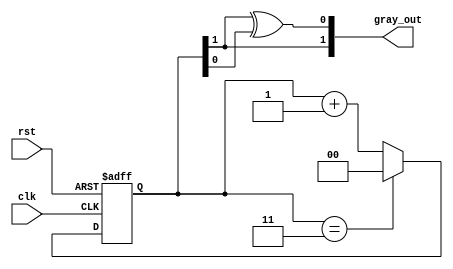
module gray_code_counter (
    input wire clk,          // Clock signal
    input wire rst,          // Asynchronous reset signal
    output reg [1:0] gray_out // 2-bit Gray Code output
);

    // Internal binary counter
    reg [1:0] binary_count; // 2-bit binary counter

    // Gray Code conversion function
    function [1:0] binary_to_gray;
        input [1:0] binary;
        begin
            binary_to_gray[1] = binary[1]; // MSB remains the same
            binary_to_gray[0] = binary[1] ^ binary[0]; // XOR for the lower bit
        end
    endfunction

    // Always block for counter operation
    always @(posedge clk or posedge rst) begin
        if (rst) begin
            binary_count <= 2'b00; // Reset binary counter to 0
        end else begin
            binary_count <= binary_count + 1; // Increment binary counter
            if (binary_count == 2'b11) begin
                binary_count <= 2'b00; // Wrap around when max value is reached
            end
        end
    end

    // Update Gray Code output
    always @(*) begin
        gray_out = binary_to_gray(binary_count); // Convert binary to Gray Code
    end

endmodule